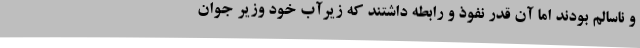
و ناسالم بودند اما آن قدر نفوذ و رابطه داشتند که زیرآب خود وزیر جوان